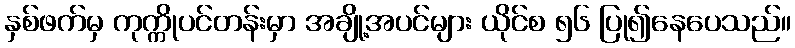
နှစ်ဖက်မှ ကုက္ကိုပင်တန်းမှာ အချို့အပင်များ ယိုင်စ ၅၆ ပြု၍နေပေသည်။